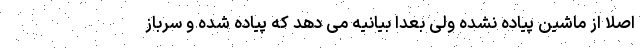
اصلاً از ماشین پیاده نشده ولی بعداً بیانیه می دهد که پیاده شده و سرباز